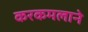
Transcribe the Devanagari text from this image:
करकमलाने